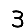
Digit: 3